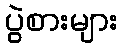
ပွဲစားများ